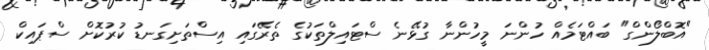
"އޮބްލޯންގް" ބައްޓަމެއް ހުންނަ މީހުންނާ ގުޅޭނެ ސްޓައިލްތަކުގެ ތެރޭގައި އިސްތަށިގަނޑު ކުރުކޮށް ސްޕައިކް